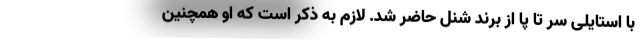
با استایلی سر تا پا از برند شنل حاضر شد. لازم به ذکر است که او همچنین